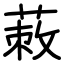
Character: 蓛